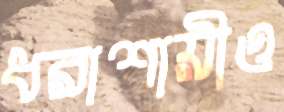
ধরাশায়ীও